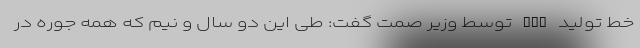
خط تولید ECU توسط وزیر صمت گفت: طی این دو سال و نیم که همه جوره در